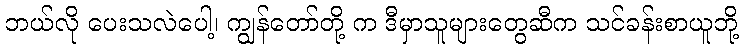
ဘယ်လို ပေးသလဲပေါ့၊ ကျွန်တော်တို့ က ဒီမှာသူများတွေဆီက သင်ခန်းစာယူဘို့